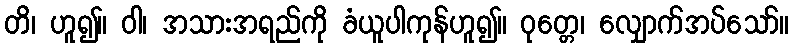
တိ၊ ဟူ၍။ ဝါ၊ အသားအရည်ကို ခံယူပါကုန်ဟူ၍။ ဝုတ္တေ၊ လျှောက်အပ်သော်။